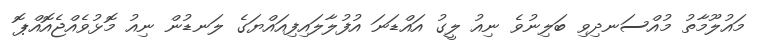
މައުލޫމާތު މުއްސަނދިވި ބަލިނުވެ ނިއު ލީގު އައްޑަނަ އުފުލާލައިފިއައްޔަގެ ލަނޑުން ނިއު މޮޅުވެއްޖެއޮއްޕޮ